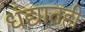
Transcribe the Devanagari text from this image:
धंद्यातही